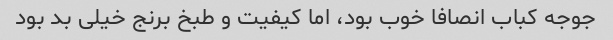
جوجه کباب انصافا خوب بود، اما کیفیت و طبخ برنج خیلی بد بود